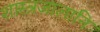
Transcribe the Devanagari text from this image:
शास्त्रजालानि